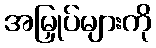
အမြှုပ်များကို